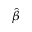
\hat { \beta }